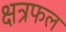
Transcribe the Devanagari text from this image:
क्षत्रफल